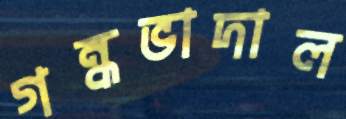
গন্ধভাদাল